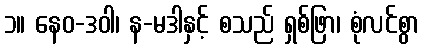
၁။ နေဝ-ဒဝါ၊ န-မဒါနှင့် စသည် ရှစ်ဖြာ၊ စုံလင်စွာ